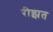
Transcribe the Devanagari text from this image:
रीझत